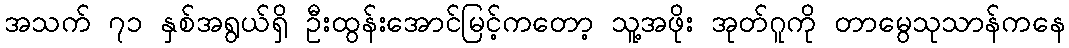
အသက် ၇၁ နှစ်အရွယ်ရှိ ဦးထွန်းအောင်မြင့်ကတော့ သူ့အဖိုး အုတ်ဂူကို တာမွေသုသာန်ကနေ